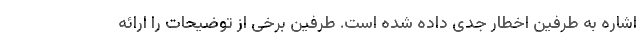
اشاره به طرفین اخطار جدی داده شده است. طرفین برخی از توضیحات را ارائه